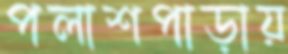
পলাশপাড়ায়